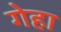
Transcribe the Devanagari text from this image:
गेहा